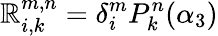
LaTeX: \mathbb{R}_{i,k}^{m,n}=\delta_{i}^{m}P_{k}^{n}(\alpha_{3})